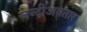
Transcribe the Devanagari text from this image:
नन्दीअवतार